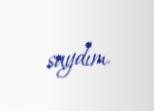
saydım.